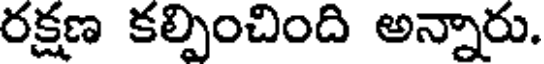
రక్షణ కల్పించింది అన్నారు.